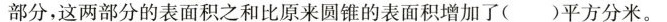
部分，这两部分的表面积之和比原来圆锥的表面积增加了( )平方分米。